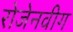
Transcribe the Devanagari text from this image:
रोजेनवीग